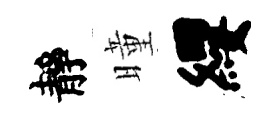
靜曈纓